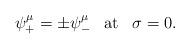
LaTeX: \begin{align*}\psi ^\mu _+ = \pm \psi^\mu _-\;\;\; \mbox{at} \;\;\; \sigma =0 .\end{align*}